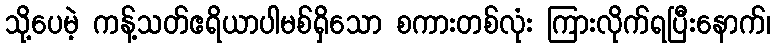
သို့ပေမဲ့ ကန့်သတ်ဧရိယာပါမစ်ရှိသော စကားတစ်လုံး ကြားလိုက်ရပြီးနောက်၊